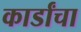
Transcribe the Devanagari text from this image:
कार्डांचा